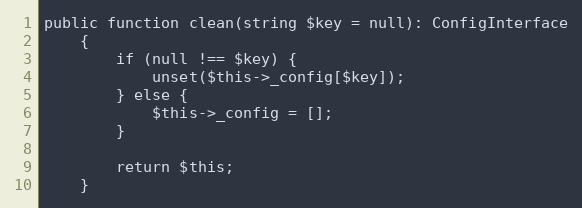
Language: PHP
public function clean(string $key = null): ConfigInterface
    {
        if (null !== $key) {
            unset($this->_config[$key]);
        } else {
            $this->_config = [];
        }

        return $this;
    }